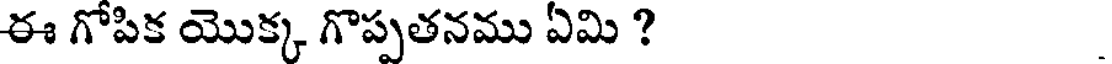
ఈ గోపిక యొక్క గొప్పతనము ఏమి ?